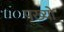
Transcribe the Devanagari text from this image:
पख्‍यो